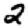
Digit: 2